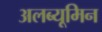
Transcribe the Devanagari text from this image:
अलब्यूमिन